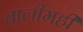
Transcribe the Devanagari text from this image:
तालीमही